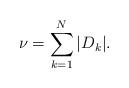
LaTeX: \begin{align*}\nu = \sum_{k=1}^N |D_k|.\end{align*}